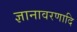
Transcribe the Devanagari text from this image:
ज्ञानावरणादि